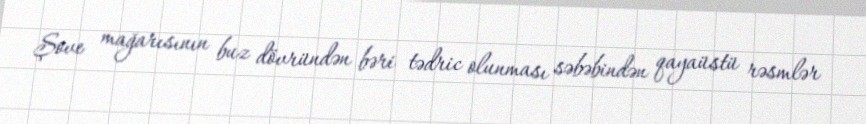
Şove mağarısının buz dövründən bəri tədric olunması səbəbindən qayaüstü rəsmlər